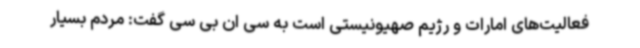
فعالیت‌های امارات و رژیم صهیونیستی است به سی ان بی سی گفت: مردم بسیار